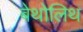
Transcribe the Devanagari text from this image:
बेथोलिथ